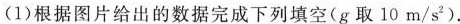
（1）根据图片给出的数据完成下列填空（g取10m/s）.